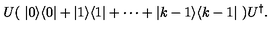
U ( \ | 0 \rangle \langle 0 | + | 1 \rangle \langle 1 | + \cdots + | k - 1 \rangle \langle k - 1 | \ ) U ^ { \dagger } .